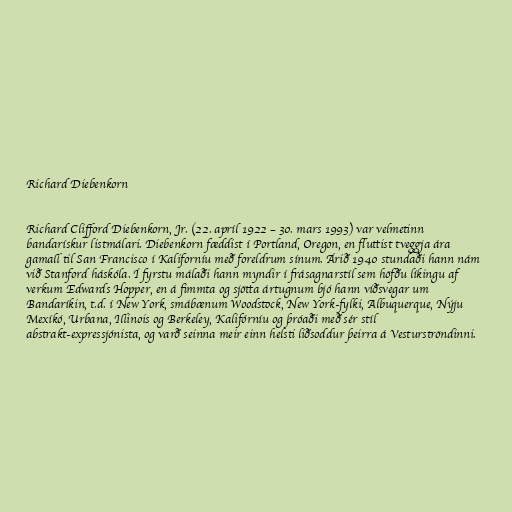
Richard Diebenkorn

Richard Clifford Diebenkorn, Jr. (22. apríl 1922 – 30. mars 1993) var velmetinn
bandarískur listmálari. Diebenkorn fæddist í Portland, Oregon, en fluttist tveggja ára
gamall til San Francisco í Kaliforníu með foreldrum sínum. Árið 1940 stundaði hann nám
við Stanford háskóla. Í fyrstu málaði hann myndir í frásagnarstíl sem höfðu líkingu af
verkum Edwards Hopper, en á fimmta og sjötta ártugnum bjó hann víðsvegar um
Bandaríkin, t.d. í New York, smábænum Woodstock, New York-fylki, Albuquerque, Nýju
Mexíkó, Urbana, Illinois og Berkeley, Kalifórníu og þróaði með sér stíl
abstrakt-expressjónista, og varð seinna meir einn helsti liðsoddur þeirra á Vesturströndinni.